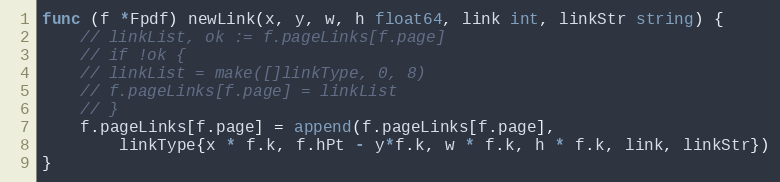
Language: Go
func (f *Fpdf) newLink(x, y, w, h float64, link int, linkStr string) {
	// linkList, ok := f.pageLinks[f.page]
	// if !ok {
	// linkList = make([]linkType, 0, 8)
	// f.pageLinks[f.page] = linkList
	// }
	f.pageLinks[f.page] = append(f.pageLinks[f.page],
		linkType{x * f.k, f.hPt - y*f.k, w * f.k, h * f.k, link, linkStr})
}